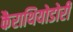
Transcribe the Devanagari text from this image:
कैराथियोडोरी